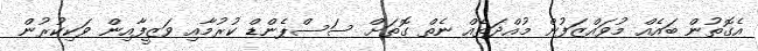
އެގޮތުން ބައެއް މުވައްޒަފުން މުއްދަތެއް ނެތް ގޮތަށް ސަސްޕެންޑް ކުރުމާއި ވަޒީފާއިން ވަކިކުރުން